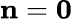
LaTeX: \mathbf{n}=\mathbf{0}